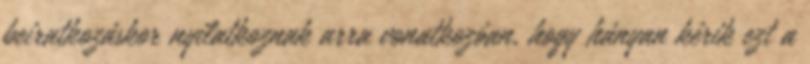
beiratkozáskor nyilatkoznak arra vonatkozóan, hogy hányan kérik ezt a